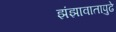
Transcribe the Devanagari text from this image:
झंझावातापुढे